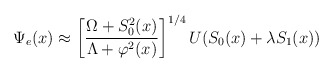
\begin{align*}\Psi_e(x) \approx\left[\frac{\Omega + S_0^2(x)}{\Lambda + \varphi^2(x)}\right]^{1/4}U(S_0(x) + \lambda S_1(x))\end{align*}